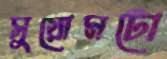
সুয়োমটো